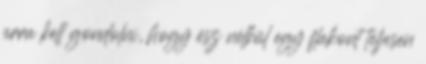
arra kell gondolni, hogy ész nélkül egy flakont teljesen